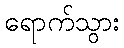
ရောက်သွား